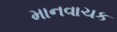
માનવાચક